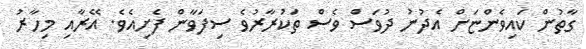
ގާތުން ކައިވެންޏަށް އެދުނު ދުވަސް ވެސް ތަކުރާރުވެ ސިފަވާން ފެށިއެވެ. އޭރާއި މިހާރު